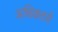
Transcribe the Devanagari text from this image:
अधिकतरों